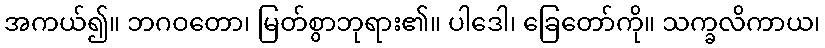
အကယ်၍။ ဘဂဝတော၊ မြတ်စွာဘုရား၏။ ပါဒေါ၊ ခြေတော်ကို။ သက္ခလိကာယ၊